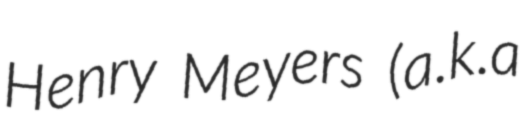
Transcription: Henry Meyers (a.k.a